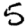
Digit: 5